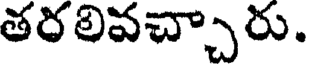
తరలివచ్చారు.